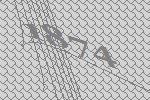
1874